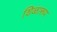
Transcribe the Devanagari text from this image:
शिळारूप